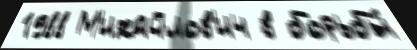
1988 М'ихайлов'ич в борьбы́